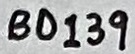
Text: BD139